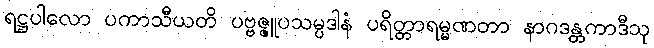
ရဋ္ဌပါလော ပကာသီယတိ ပဗ္ဗဇ္ဇူပသမ္ပဒါနံ ပရိတ္တာရမ္မဏတာ နာဂဒန္တကာဒီသု